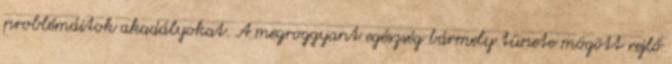
problémáitok akadályokat. A megroggyant egészség bármely tünete mögött rejlő